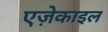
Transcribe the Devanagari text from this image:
एज़ेकाइल